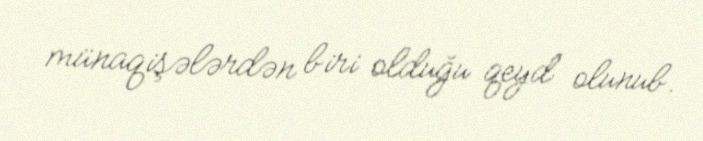
münaqişələrdən biri olduğu qeyd olunub.